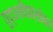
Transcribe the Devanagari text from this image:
युद्धनौकांसोबत